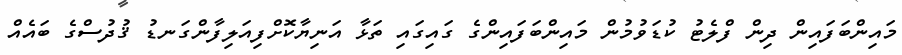
މައިންބަފައިން ދިން ފްލެޓު ކުޑަވުމުން މައިންބަފައިންގެ ގައިގައި ތަޅާ އަނިޔާކޮށްފިއަލިފާންގަނޑު ޤުދުސްގެ ބައެއް